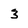
Character: 3